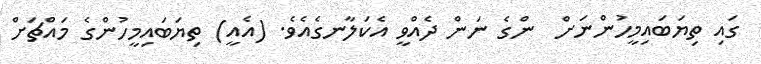
ގައި ތިޔަބައިމީހުންނަށް  ންގެ ނަން ދެއްވީ އެކަލާނގެއެވެ. (އެއީ) ތިޔަބައިމީހުންގެ މައްޗަށް